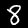
Digit: 8